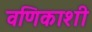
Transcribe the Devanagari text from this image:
वणिकाशी